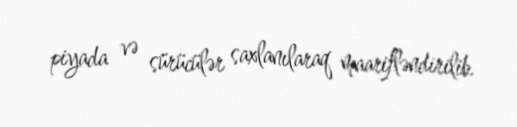
piyada və sürücülər saxlanılaraq maarifləndirilib.